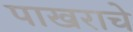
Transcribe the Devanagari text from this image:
पाखराचे